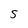
Character: 5